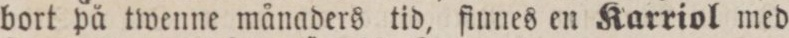
bort på twenne månaders tid, finnes en Karriol med